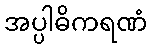
အပ္ပါဓိကရဏံ